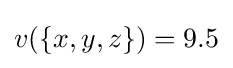
v(\{x,y,z\})=9.5